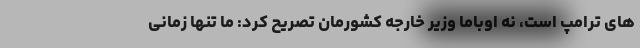
های ترامپ است، نه اوباما وزیر خارجه کشورمان تصریح کرد: ما تنها زمانی